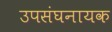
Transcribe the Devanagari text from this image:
उपसंघनायक